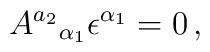
A^{a_2}{}_{\alpha_1}\epsilon^{\alpha_1}=0\, ,